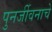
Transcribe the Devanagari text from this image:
पुनर्जीवनाचे